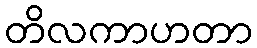
တိလကာဟတာ